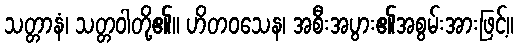
သတ္တာနံ၊ သတ္တဝါတို့၏။ ဟိတဝသေန၊ အစီးအပွား၏အစွမ်းအားဖြင့်။